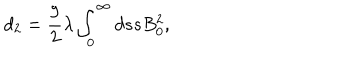
d _ { 2 } = \frac { 9 } { 2 } \lambda \int _ { 0 } ^ { \infty } d s s B _ { 0 } ^ { 2 } ,